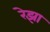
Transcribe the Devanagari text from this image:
रेझा